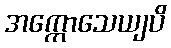
အက္ကောသေယျပိ